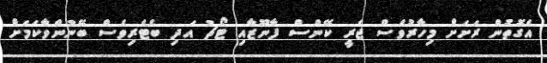
އެގޮތުން ރަށަށް މިހާރުވެސް ޖެރީ ކޭންސް ފާނޫޒާއި ޓޯޗު އަދި ބެޓެރިވެސް ބޭނުންވާކަމަށް